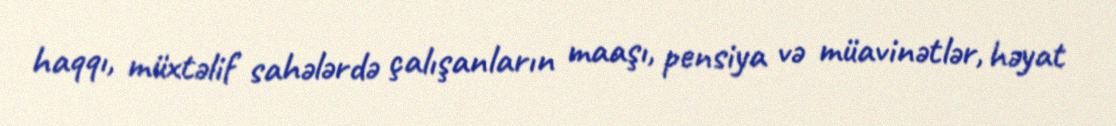
haqqı, müxtəlif sahələrdə çalışanların maaşı, pensiya və müavinətlər, həyat